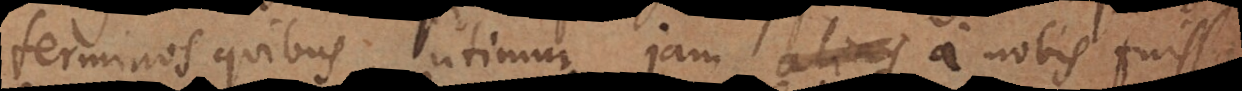
terminos, quibus utimur, jam alias a nobis fuisse